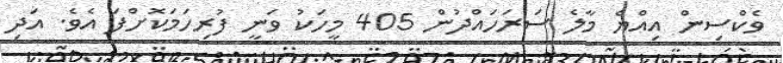
ވެކްސިން އިއްޔެ މާލެ ސަރަހައްދުން 405 މީހަކު ވަނީ ފުރިހަމަކޮށްފަ އެވެ. އަދި